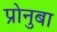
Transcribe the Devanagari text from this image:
प्रोनुबा